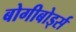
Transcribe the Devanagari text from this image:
बोगीबोर्ड्स